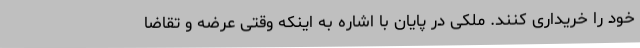
خود را خریداری کنند. ملکی در پایان با اشاره به اینکه وقتی عرضه و تقاضا